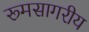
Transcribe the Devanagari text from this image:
रूमसागरीय